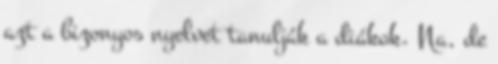
azt a bizonyos nyelvet tanulják a diákok. Na, de